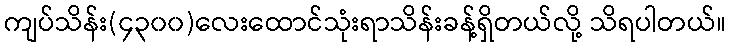
ကျပ်သိန်း(၄၃၀၀)လေးထောင်သုံးရာသိန်းခန့်ရှိတယ်လို့ သိရပါတယ်။